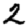
Digit: 2